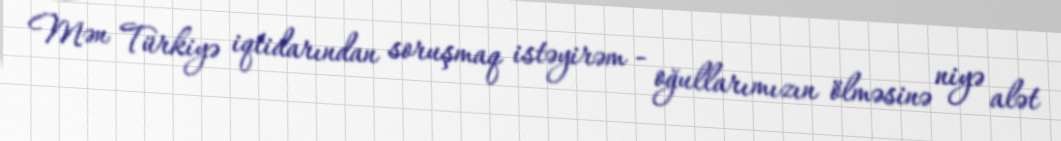
Mən Türkiyə iqtidarından soruşmaq istəyirəm - oğullarımızın ölməsinə niyə alət